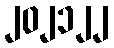
၂၀၂၁၂၂